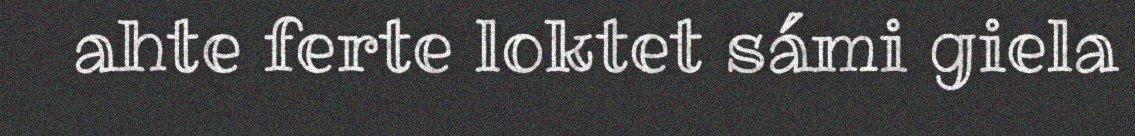
ahte ferte loktet sámi giela